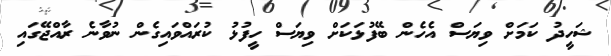
ޝަހީދު ކަމަށް ވިޔަސް އެހެން ބޭފުޅަކަށް ވިޔަސް ހީފުޅު ކުރައްވައިގެން ނުވާނެ ރާއްޖޭގައި